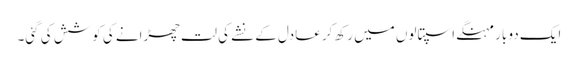
ایک دو بار مہنگے اسپتالوں میں رکھ کر عادل کے نشے کی لت چھڑانے کی کوشش کی گئی۔